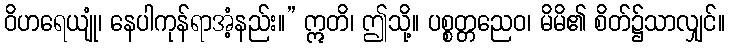
ဝိဟရေယျုံ၊ နေပါကုန်ရာအံ့နည်း။” ဣတိ၊ ဤသို့။ ပစ္စတ္တညေဝ၊ မိမိ၏ စိတ်၌သာလျှင်။